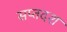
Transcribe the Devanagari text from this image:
सप्तदश